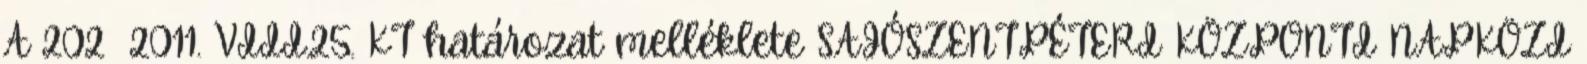
A 202 2011. VIII.25. KT határozat melléklete SAJÓSZENTPÉTERI KÖZPONTI NAPKÖZI